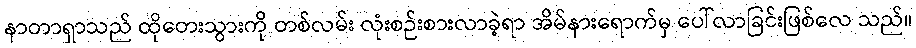
နာတာရှာသည် ထိုတေးသွားကို တစ်လမ်း လုံးစဉ်းစားလာခဲ့ရာ အိမ်နားရောက်မှ ပေါ်လာခြင်းဖြစ်လေ သည်။